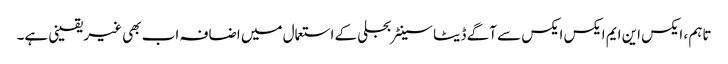
تاہم ، ایکس این ایم ایکس ایکس سے آگے ڈیٹا سینٹر بجلی کے استعمال میں اضافہ اب بھی غیر یقینی ہے۔